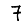
Digit: 7